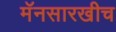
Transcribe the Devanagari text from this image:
मॅनसारखीच